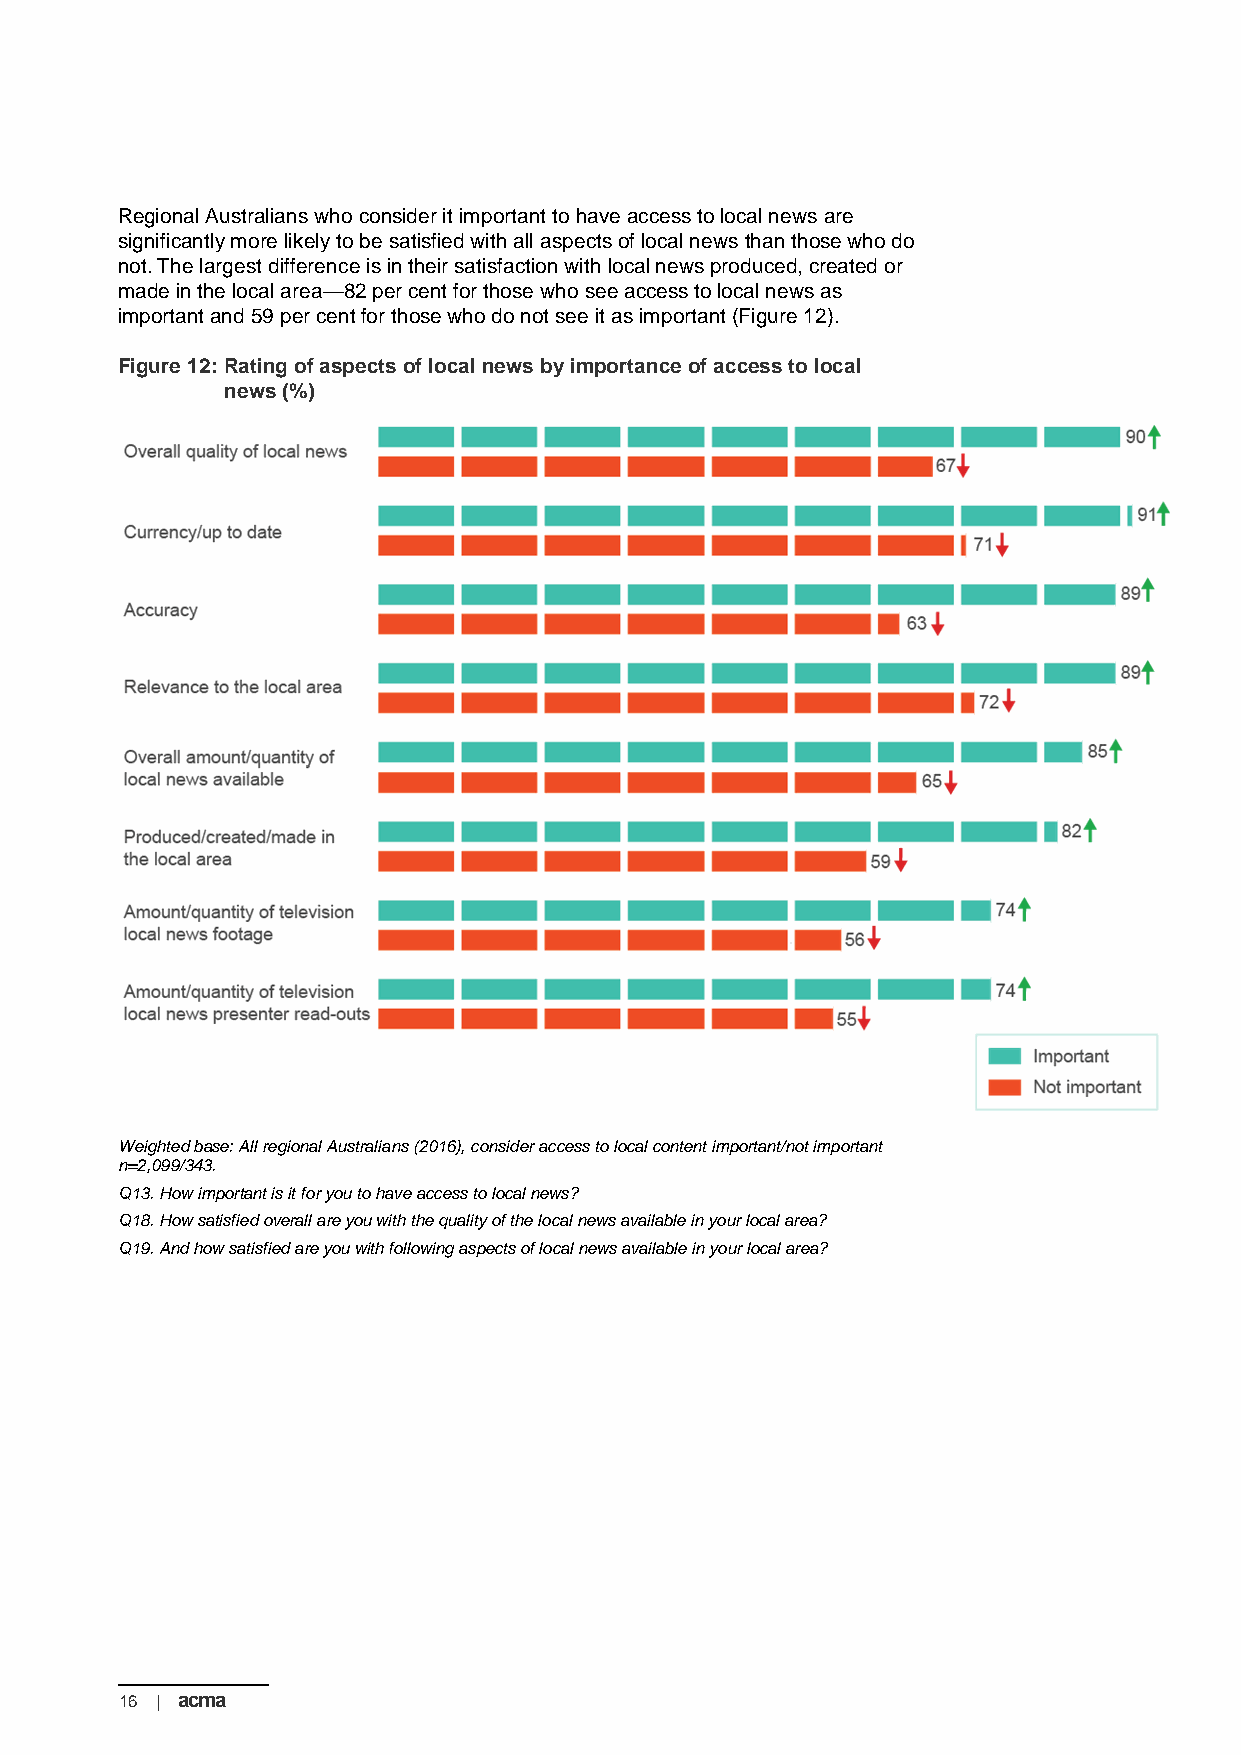
Regional Australians who consider it important to have access to local news are
 significantly more likely to be satisfied with all aspects of local news than those who do
 not. The largest difference is in their satisfaction with local news produced, created or
 made in the local area—82 per cent for those who see access to local news as
 important and 59 per cent for those who do not see it as important (Figure 12).
 Figure 12: Rating of aspects of local news by importance of access to local
 news (%)
 Weighted base: All regional Australians (2016), consider access to local content important/not important
 n=2,099/343.
 Q13. How important is it for you to have access to local news?
 Q18. How satisfied overall are you with the quality of the local news available in your local area?
 Q19. And how satisfied are you with following aspects of local news available in your local area?
 16 | acma